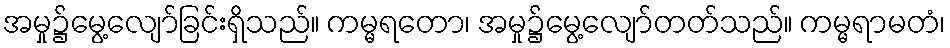
အမှု၌မွေ့လျော်ခြင်းရှိသည်။ ကမ္မရတော၊ အမှု၌မွေ့လျော်တတ်သည်။ ကမ္မရာမတံ၊